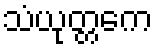
သံယုတ္တကေ